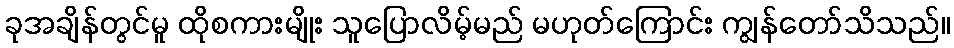
ခုအချိန်တွင်မူ ထိုစကားမျိုး သူပြောလိမ့်မည် မဟုတ်ကြောင်း ကျွန်တော်သိသည်။